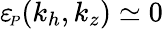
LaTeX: {\varepsilon_{\! \scriptscriptstyle P}}(k_{h},k_{z})\simeq 0